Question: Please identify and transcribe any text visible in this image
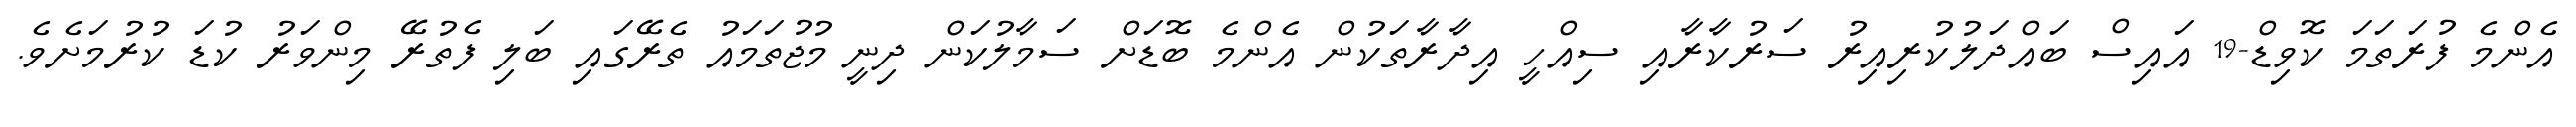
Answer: އެންމެ ފުރަތަމަ ކޮވިޑް-19 އައިސް ބައްދަލުކުރިއިރު ސަރުކާރާއި ސިއްހީ އިދާރާތަކުން އެންމެ ބޮޑަށް ސަމާލުކަން ދިނީ މުޖުތަމައު ތެރޭގައި ބަލި ފެތުރޭ މިންވަރު ކުޑަ ކުރުމަށެވެ.